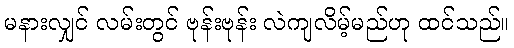
မနားလျှင် လမ်းတွင် ဗုန်းဗုန်း လဲကျလိမ့်မည်ဟု ထင်သည်။